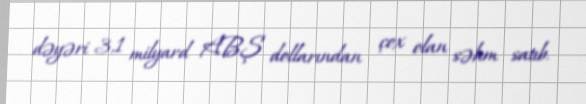
dəyəri 3,1 milyard ABŞ dollarından çox olan səhm satıb.